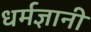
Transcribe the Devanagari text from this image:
धर्मज्ञानी